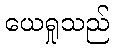
ယေရှုသည်